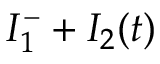
I _ { 1 } ^ { - } + I _ { 2 } ( t )